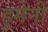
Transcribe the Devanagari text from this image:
हुमेनी